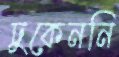
ঢুকেননি